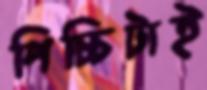
পিচ্চিটাই